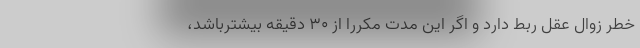
خطر زوال عقل ربط دارد و اگر این مدت مکرراً از ۳۰ دقیقه بیشترباشد،